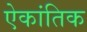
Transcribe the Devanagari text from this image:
ऐकांतिक